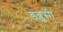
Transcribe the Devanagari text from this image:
डब्लूसी